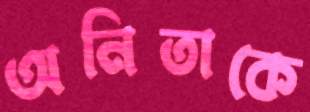
অনিতাকে